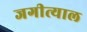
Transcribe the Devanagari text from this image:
जगीत्याल